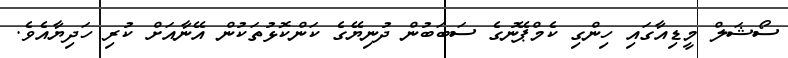
ސޯޝަލް މީޑިއާގައި ހިންގި ކެމްޕޭނުގެ ސަބަބުން ދުނިޔޭގެ ކަންކޮޅުތަކުން އޭނާއަށް ކުރި ހަދިޔާއެވެ.